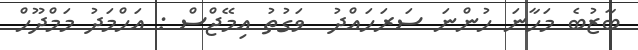
ބާޒުބެ މަހާނަ ހުންނަ ސަރަހައްދު  ވަގުތު އިމޭޖްސް : އަހްމަދު މަމްދޫހް